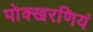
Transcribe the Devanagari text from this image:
पोक्खरणियं